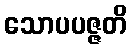
သောပပဇ္ဇတိ